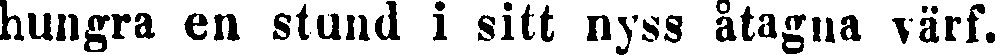
hungra en stund i sitt nyss åtagna värf.